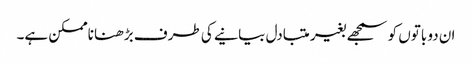
ان دو باتوں کو سمجھے بغیر متبادل بیانیے کی طرف بڑھنا ناممکن ہے۔